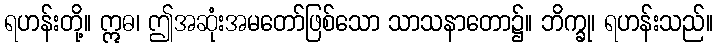
ရဟန်းတို့။ ဣဓ၊ ဤအဆုံးအမတော်ဖြစ်သော သာသနာတော၌။ ဘိက္ခု၊ ရဟန်းသည်။